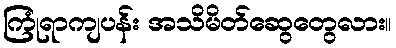
ကြုံရာကျပန်း အသိမိတ်ဆွေတွေလား။